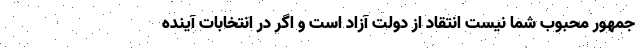
جمهور محبوب شما نیست انتقاد از دولت آزاد است و اگر در انتخابات آینده